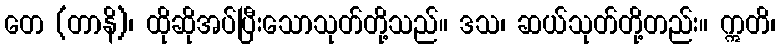
တေ (တာနိ)၊ ထိုဆိုအပ်ပြီးသောသုတ်တို့သည်။ ဒသ၊ ဆယ်သုတ်တို့တည်း။ ဣတိ၊